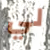
لي